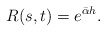
\begin{align*} R(s,t)=e^{\bar{\alpha} h}.\end{align*}